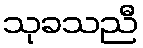
သုခသညီ